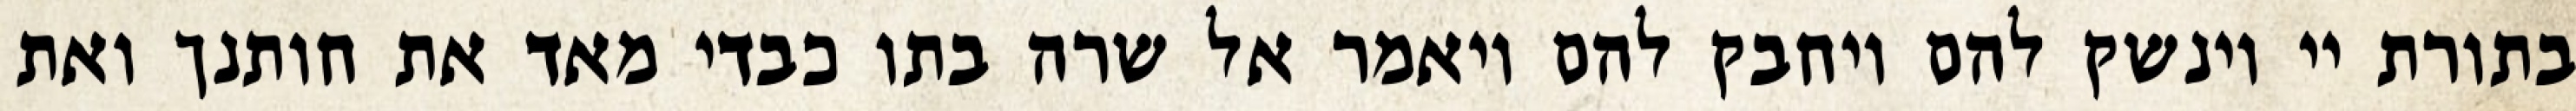
בתורת יי וינשק להם ויחבק להם ויאמר אל שרה בתו כבדי מאד את חותנך ואת